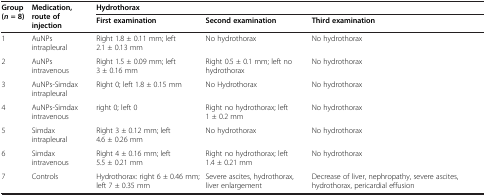
| <ROWSPAN=2> Group (n = 8) | <ROWSPAN=2> Medication, route of injection | <COLSPAN=3> Hydrothorax |
 | First examination | Second examination | Third examination |
 | --- | --- | --- | --- | --- |
 | 1 | AuNPs intrapleural | Right 1.8 ± 0.11 mm; left 2.1 ± 0.13 mm | No hydrothorax | No hydrothorax |
 | 2 | AuNPs intravenous | Right 1.5 ± 0.09 mm; left 3 ± 0.16 mm | Right 0.5 ± 0.1 mm; left no hydrothorax | No hydrothorax |
 | 3 | AuNPs-Simdax intrapleural | Right 0; left 1.8 ± 0.15 mm | No Hydrothorax | No hydrothorax |
 | 4 | AuNPs-Simdax intravenous | right 0; left 0 | Right no hydrothorax; left 1 ± 0.2 mm | No hydrothorax |
 | 5 | Simdax intrapleural | Right 3 ± 0.12 mm; left 4.6 ± 0.26 mm | No hydrothorax | No hydrothorax |
 | 6 | Simdax intravenous | Right 4 ± 0.16 mm; left 5.5 ± 0.21 mm | Right no hydrothorax; left 1.4 ± 0.21 mm | No hydrothorax |
 | 7 | Controls | Hydrothorax: right 6 ± 0.46 mm; left 7 ± 0.35 mm | Severe ascites, hydrothorax, liver enlargement | Decrease of liver, nephropathy, severe ascites, hydrothorax, pericardial effusion |